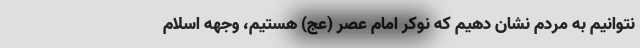
نتوانیم به مردم نشان دهیم که نوکر امام عصر (عج) هستیم، وجهه اسلام